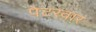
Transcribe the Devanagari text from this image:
पेटरवार